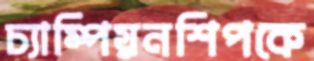
চ্যাম্পিয়নশিপকে